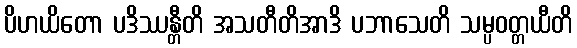
ပိဟယိတော ပဒိဿန္တီတိ အသတီတိအာဒိ ပဘာသေတိ သမ္ပဝတ္တယီတိ